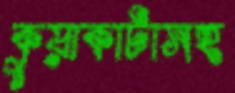
কুয়াকাটাসহ